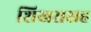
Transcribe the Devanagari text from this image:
शिखरासह